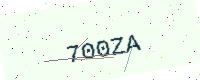
Text: 700ZA